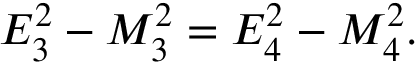
E _ { 3 } ^ { 2 } - M _ { 3 } ^ { 2 } = E _ { 4 } ^ { 2 } - M _ { 4 } ^ { 2 } .